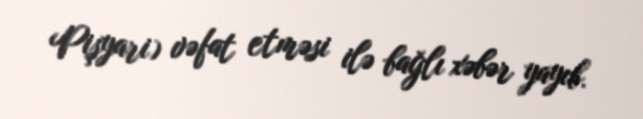
Pişyari) vəfat etməsi ilə bağlı xəbər yayıb.